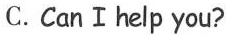
C. CanⅠhelp you?